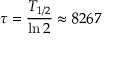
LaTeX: \tau = { \frac { T _ { 1 / 2 } } { \ln 2 } } \approx 8 2 6 7